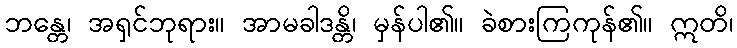
ဘန္တေ၊ အရှင်ဘုရား။ အာမခါဒန္တိ၊ မှန်ပါ၏။ ခဲစားကြကုန်၏။ ဣတိ၊